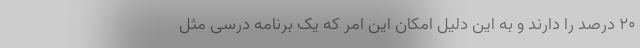
۲۰ درصد را دارند و به این دلیل امکان این امر که یک برنامه درسی مثل